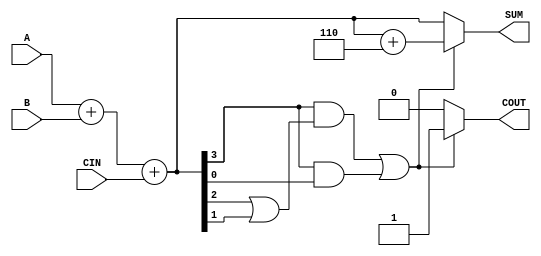
module BCD_Conditional_Adder (
    input  wire [3:0] A,      // First BCD operand
    input  wire [3:0] B,      // Second BCD operand
    input  wire CIN,          // Carry input
    output reg  [3:0] SUM,    // BCD result
    output reg  COUT          // Carry output
);
    
    wire [4:0] S;             // 5-bit sum to accommodate carry
    wire correction_needed;    // Flag for correction
    wire [4:0] corrected_sum; // Corrected sum after adding 6 if necessary

    // Step 1: Perform binary addition
    assign S = A + B + CIN;

    // Step 2: Determine if correction is needed
    assign correction_needed = (S[3] & (S[2] | S[1])) | (S[3] & S[0]);

    // Step 3: Apply correction if needed
    assign corrected_sum = S + 5'd6; // Adding 6 to correct if needed

    // Step 4: Assign outputs
    always @(*) begin
        if (correction_needed) begin
            SUM = corrected_sum[3:0]; // Use the lower 4 bits of the corrected sum
            COUT = 1;                  // Set carry out
        end else begin
            SUM = S[3:0];             // Use the lower 4 bits of the original sum
            COUT = 0;                  // No carry out
        end
    end

endmodule